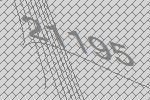
21195